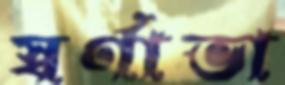
স্বর্ণাভা